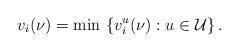
LaTeX: \begin{align*}v_i(\nu) = \min \, \left\{v_i^u(\nu): u \in \mathcal{U}\right\}.\end{align*}